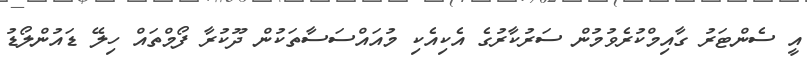
އީ ސެންޓަރު ގާއިމްކުރެވުމުން ސަރުކާރުގެ އެކިއެކި މުއައްސަސާތަކުން ދޫކުރާ ފޯމްތައް ހިލޭ ޑައުންލޯޑު